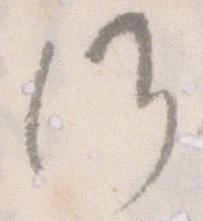
候